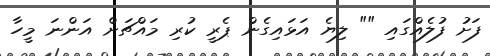
ފަށު ފުލެއްގައި "" ލިޔެ އަޅައިގެން ޕެރީ ކުރި މައްޗަށް އަންނަ މީހާ